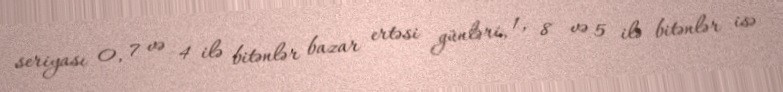
seriyası 0, 7 və 4 ilə bitənlər bazar ertəsi günləri, 1, 8 və 5 ilə bitənlər isə